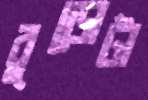
বুড়োটা